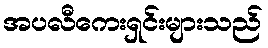
အပလီကေးရှင်းများသည်